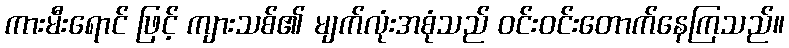
ကားမီးရောင် ဖြင့် ကျားသစ်၏ မျက်လုံးအစုံသည် ဝင်းဝင်းတောက်နေကြသည်။